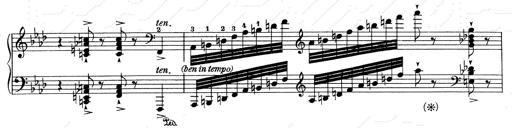
Title: Weinen, Klagen, Sorgen, Zagen
Composer: Franz Liszt